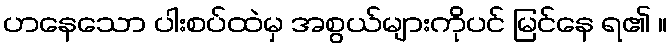
ဟနေသော ပါးစပ်ထဲမှ အစွယ်များကိုပင် မြင်နေ ရ၏ ။